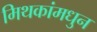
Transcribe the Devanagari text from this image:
मिथकांमधुन